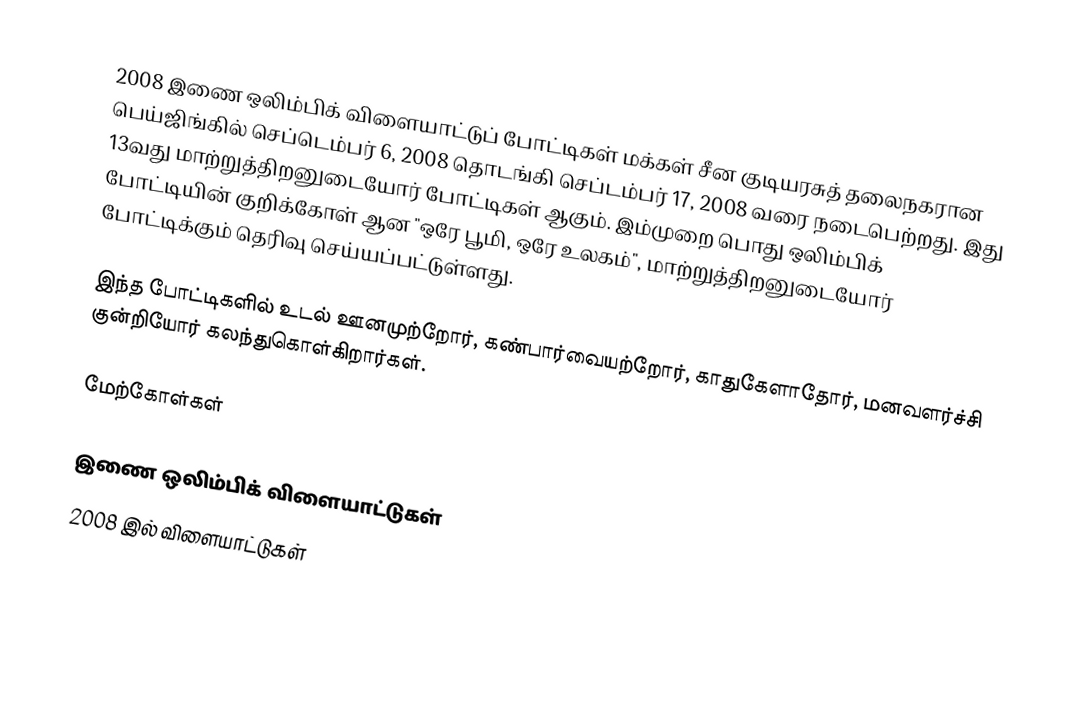
2008 இணை ஒலிம்பிக் விளையாட்டுப் போட்டிகள் மக்கள் சீன குடியரசுத் தலைநகரான பெய்ஜிங்கில் செப்டெம்பர் 6, 2008 தொடங்கி செப்டம்பர் 17, 2008 வரை நடைபெற்றது. இது 13வது மாற்றுத்திறனுடையோர் போட்டிகள் ஆகும். இம்முறை பொது ஒலிம்பிக் போட்டியின் குறிக்கோள் ஆன "ஒரே பூமி, ஒரே உலகம்", மாற்றுத்திறனுடையோர் போட்டிக்கும் தெரிவு செய்யப்பட்டுள்ளது.

இந்த போட்டிகளில் உடல் ஊனமுற்றோர், கண்பார்வையற்றோர், காதுகேளாதோர், மனவளர்ச்சி குன்றியோர் கலந்துகொள்கிறார்கள்.

மேற்கோள்கள்

இணை ஒலிம்பிக் விளையாட்டுகள்
2008 இல் விளையாட்டுகள்